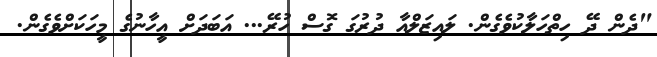
"ދެން ދޭ ހިތްހަލާކުވެގެން. ލައިޒަލްއާ ދުރުގަ ގޮސް ހުރޭ... އަބަދަށް އީހާނުގެ މީހަކަށްވެގެން.